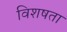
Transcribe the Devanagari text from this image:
विशषता